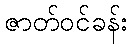
ဇာတ်ဝင်ခန်း